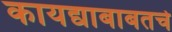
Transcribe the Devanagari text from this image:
कायद्याबाबतचे